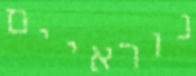
נוראיים